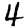
Digit: 4